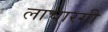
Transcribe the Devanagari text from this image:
लाचारगी